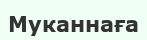
Муканнаға